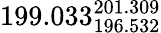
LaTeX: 199.033_{196.532}^{201.309}